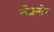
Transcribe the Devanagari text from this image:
लेबनोन